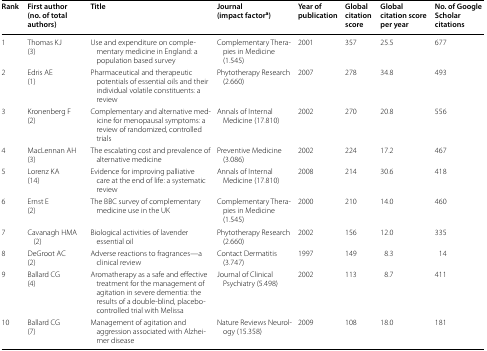
| Rank | First author(no. of total authors) | Title | Journal(impact factora) | Year of publication | Global citation score | Global citation score per year | No. of Google Scholar citations |
 | --- | --- | --- | --- | --- | --- | --- | --- |
 | 1 | Thomas KJ(3) | Use and expenditure on complementary medicine in England: a population based survey | Complementary Therapies in Medicine (1.545) | 2001 | 357 | 25.5 | 677 |
 | 2 | Edris AE(1) | Pharmaceutical and therapeutic potentials of essential oils and their individual volatile constituents: a review | Phytotherapy Research (2.660) | 2007 | 278 | 34.8 | 493 |
 | 3 | Kronenberg F(2) | Complementary and alternative medicine for menopausal symptoms: a review of randomized, controlled trials | Annals of Internal Medicine (17.810) | 2002 | 270 | 20.8 | 556 |
 | 4 | MacLennan AH(3) | The escalating cost and prevalence of alternative medicine | Preventive Medicine (3.086) | 2002 | 224 | 17.2 | 467 |
 | 5 | Lorenz KA(14) | Evidence for improving palliative care at the end of life: a systematic review | Annals of Internal Medicine (17.810) | 2008 | 214 | 30.6 | 418 |
 | 6 | Ernst E(2) | The BBC survey of complementary medicine use in the UK | Complementary Therapies in Medicine (1.545) | 2000 | 210 | 14.0 | 460 |
 | 7 | Cavanagh HMA (2) | Biological activities of lavender essential oil | Phytotherapy Research (2.660) | 2002 | 156 | 12.0 | 335 |
 | 8 | DeGroot AC(2) | Adverse reactions to fragrances—a clinical review | Contact Dermatitis (3.747) | 1997 | 149 | 8.3 | 14 |
 | 9 | Ballard CG(4) | Aromatherapy as a safe and effective treatment for the management of agitation in severe dementia: the results of a double-blind, placebo-controlled trial with Melissa | Journal of Clinical Psychiatry (5.498) | 2002 | 113 | 8.7 | 411 |
 | 10 | Ballard CG(7) | Management of agitation and aggression associated with Alzheimer disease | Nature Reviews Neurology (15.358) | 2009 | 108 | 18.0 | 181 |